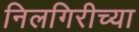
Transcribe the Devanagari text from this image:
निलगिरीच्‍या